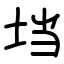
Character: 垱